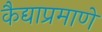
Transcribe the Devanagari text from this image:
कैद्याप्रमाणे